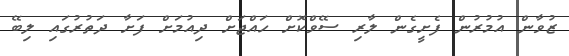
ޒުވާން އުމުރުން ފެށީގެން ލާރި ސޭވްކޮށް ހައްޖަށް ދިއުމަށް ފަށާ ދަތުރުގައި ލިބޭ